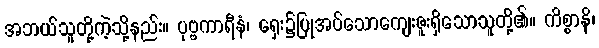
အဘယ်သူတို့ကဲ့သို့နည်း။ ပုဗ္ဗကာရီနံ၊ ရှေး၌ပြုအပ်သောကျေးဇူးရှိသောသူတို့၏။ ကိစ္စာနိ၊